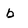
Character: b